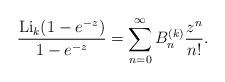
LaTeX: \begin{gather*}{\operatorname{Li}_k(1-e^{-z}) \over {1-e^{-z}}} = \sum_{n=0}^{\infty} B_n^{(k)} {z^n\over n !}.\end{gather*}